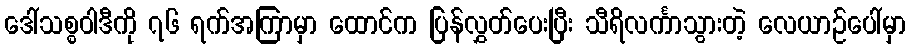
ဒေါ်သစ္စဝါဒီကို ၇၆ ရက်အကြာမှာ ထောင်က ပြန်လွှတ်ပေးပြီး သီရိလင်္ကာသွားတဲ့ လေယာဉ်ပေါ်မှာ